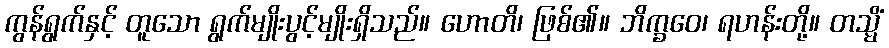
ကွန်ရွက်နှင့် တူသော ရွက်မျိုးပွင့်မျိုးရှိသည်။ ဟောတိ၊ ဖြစ်၏။ ဘိက္ခဝေ၊ ရဟန်းတို့။ တသ္မိံ